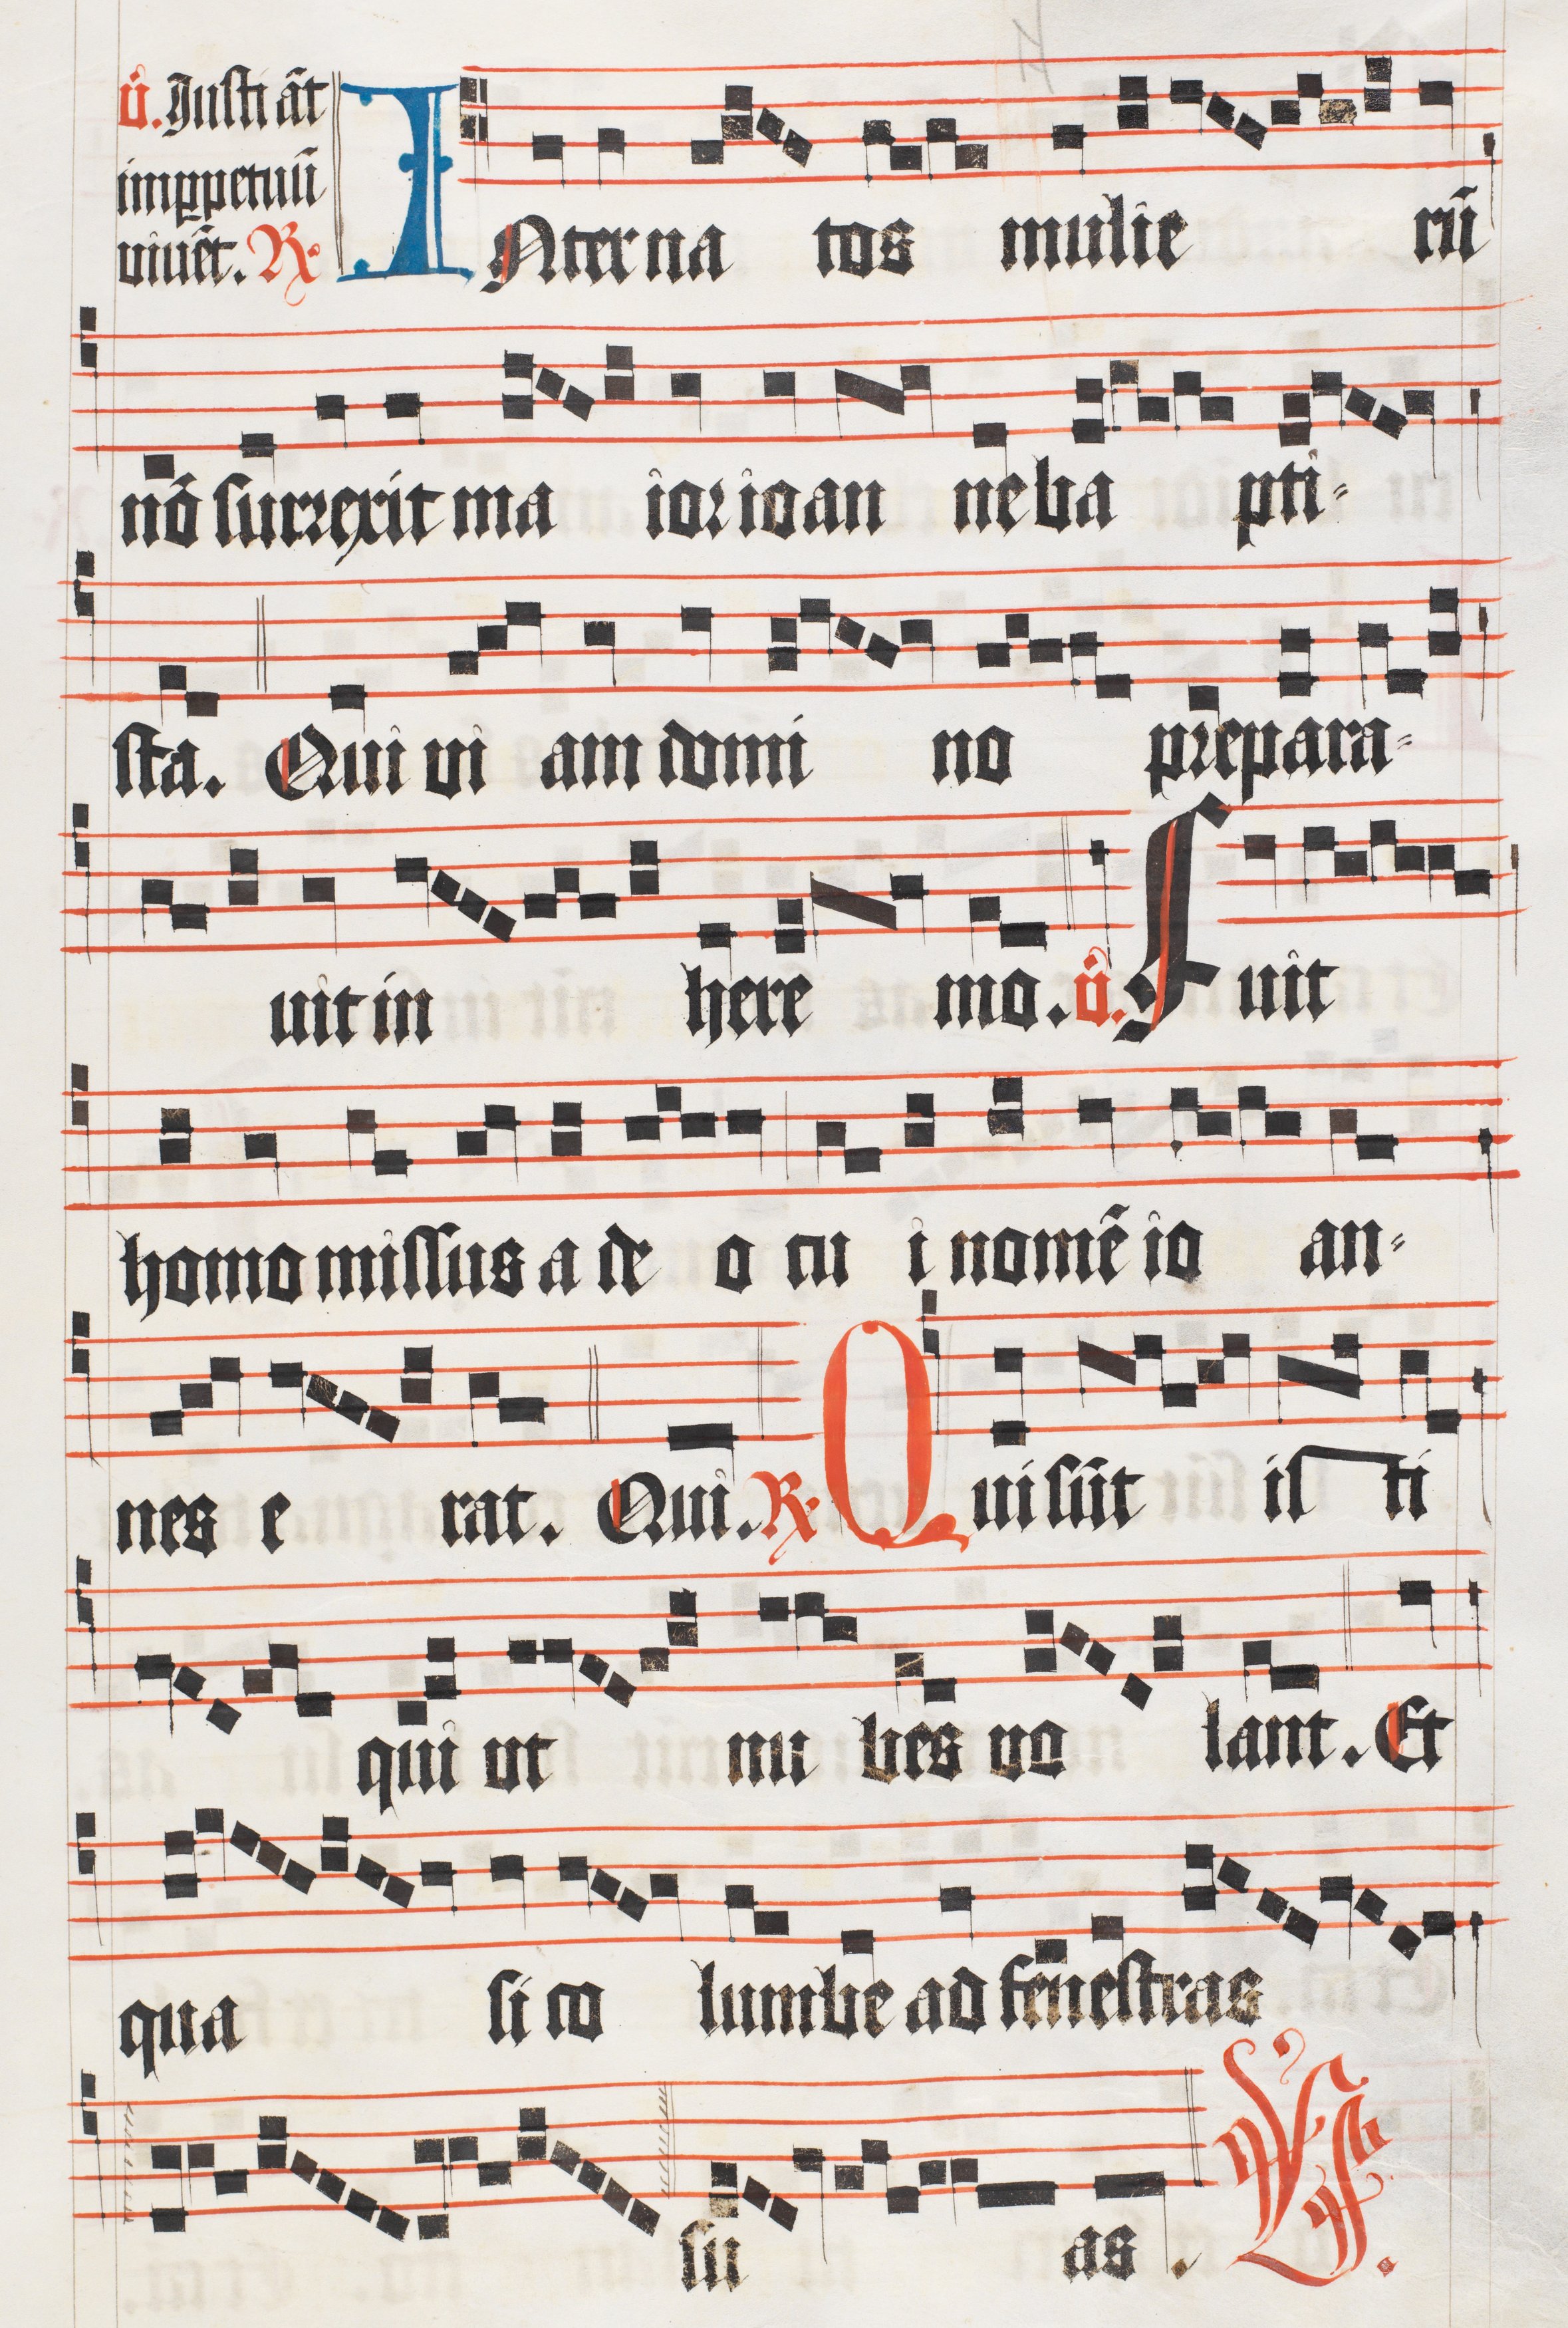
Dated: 1510–1517